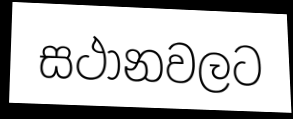
සථානවලට